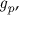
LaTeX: { \mathit { g _ { p } } } ,